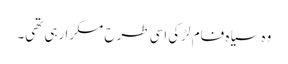
وہ سیاہ فام لڑکی اسی طرح مسکرا رہی تھی۔